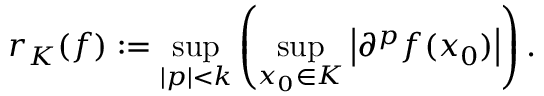
r _ { K } ( f ) : = \operatorname* { s u p } _ { | p | < k } \left( \operatorname* { s u p } _ { x _ { 0 } \in K } \left| \partial ^ { p } f ( x _ { 0 } ) \right| \right) .